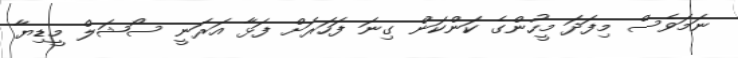
ނަމަވެސް މިފަދަ މީހުންގެ ކަންކަން ގިނަ ފަހަރަށް ފަޅާ އަރަނީ ސޯޝަލް މީޑިޔާ